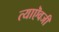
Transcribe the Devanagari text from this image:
त्याऎवजी